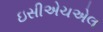
ઇસીએચએલ